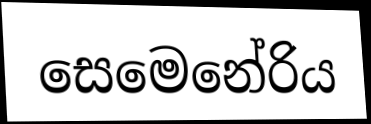
සෙමෙනේරිය